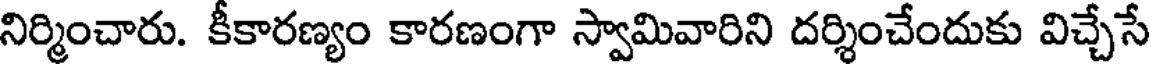
నిర్మించారు. కీకారణ్యం కారణంగా స్వామివారిని దర్శించేందుకు విచ్చేసే